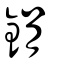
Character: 鋗